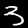
Digit: 3